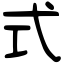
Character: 式